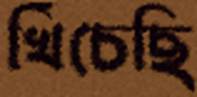
খিঁচেছি